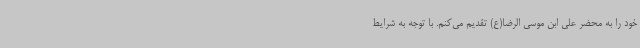
خود را به محضر علی ابن موسی الرضا(ع) تقدیم می‌کنم. با توجه به شرایط